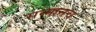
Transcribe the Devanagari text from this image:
सन्मानच